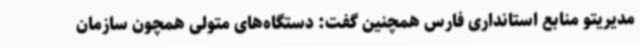
مدیریتو منابع استانداری فارس همچنین گفت: دستگاه‌های متولی همچون سازمان